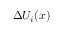
\Delta U _ { i } ( x )